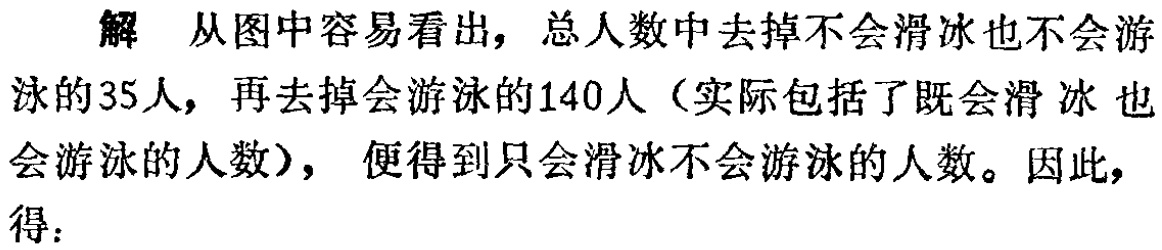
解 从图中容易看出，总人数中去掉不会滑冰也不会游泳的35人，再去掉会游泳的140人（实际包括了既会滑冰也会游泳的人数）， 便得到只会滑冰不会游泳的人数。因此，得：